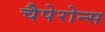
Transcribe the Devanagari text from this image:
चैपेरोन्स